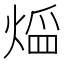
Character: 𤋠